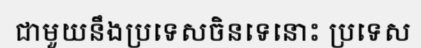
ជាមួយនឹងប្រទេសចិនទេនោះ ប្រទេស